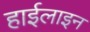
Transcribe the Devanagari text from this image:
हाईलाइन